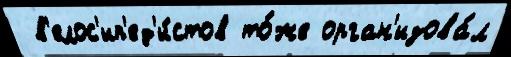
 в'елос'ип'ед'и́стов то́же орган'изова́л